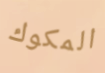
المكوك